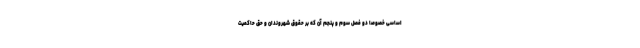
‌اساسی خصوصاً دو فصل سوم و پنجم آن که بر حقوق شهروندان و حق حاکمیت